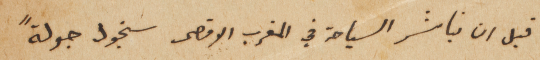
قبل ان نباشر السياحة في المغرب الاقصى سنجول جولةً